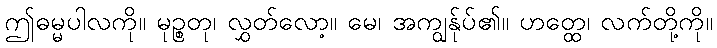
ဤဓမ္မပါလကို။ မုဉ္စတု၊ လွှတ်လော့။ မေ၊ အကျွန်ုပ်၏။ ဟတ္ထေ၊ လက်တို့ကို။